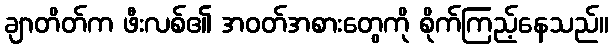
ချာတိတ်က ဖီးလစ်၏ အဝတ်အစားတွေကို စိုက်ကြည့်နေသည်။